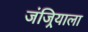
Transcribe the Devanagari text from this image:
जंजिर्‍याला